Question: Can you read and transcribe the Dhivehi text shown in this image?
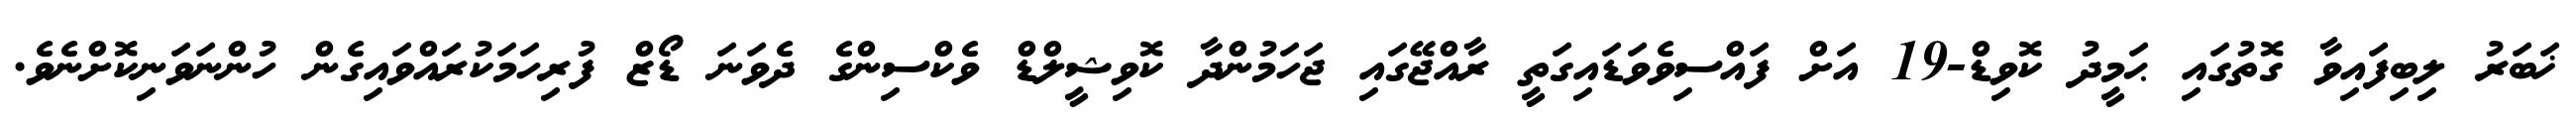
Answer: ޚަބަރު ލިބިފައިވާ ގޮތުގައި ޙަމީދު ކޮވިޑް-19 އަށް ފައްސިވެވަޑައިގަތީ ރާއްޖޭގައި ޖަހަމުންދާ ކޮވިޝީލްޑް ވެކްސިންގެ ދެވަނަ ޑޯޒް ފުރިހަމަކުރައްވައިގެން ހުންނަވަނިކޮށްނެވެ.